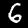
Digit: 6